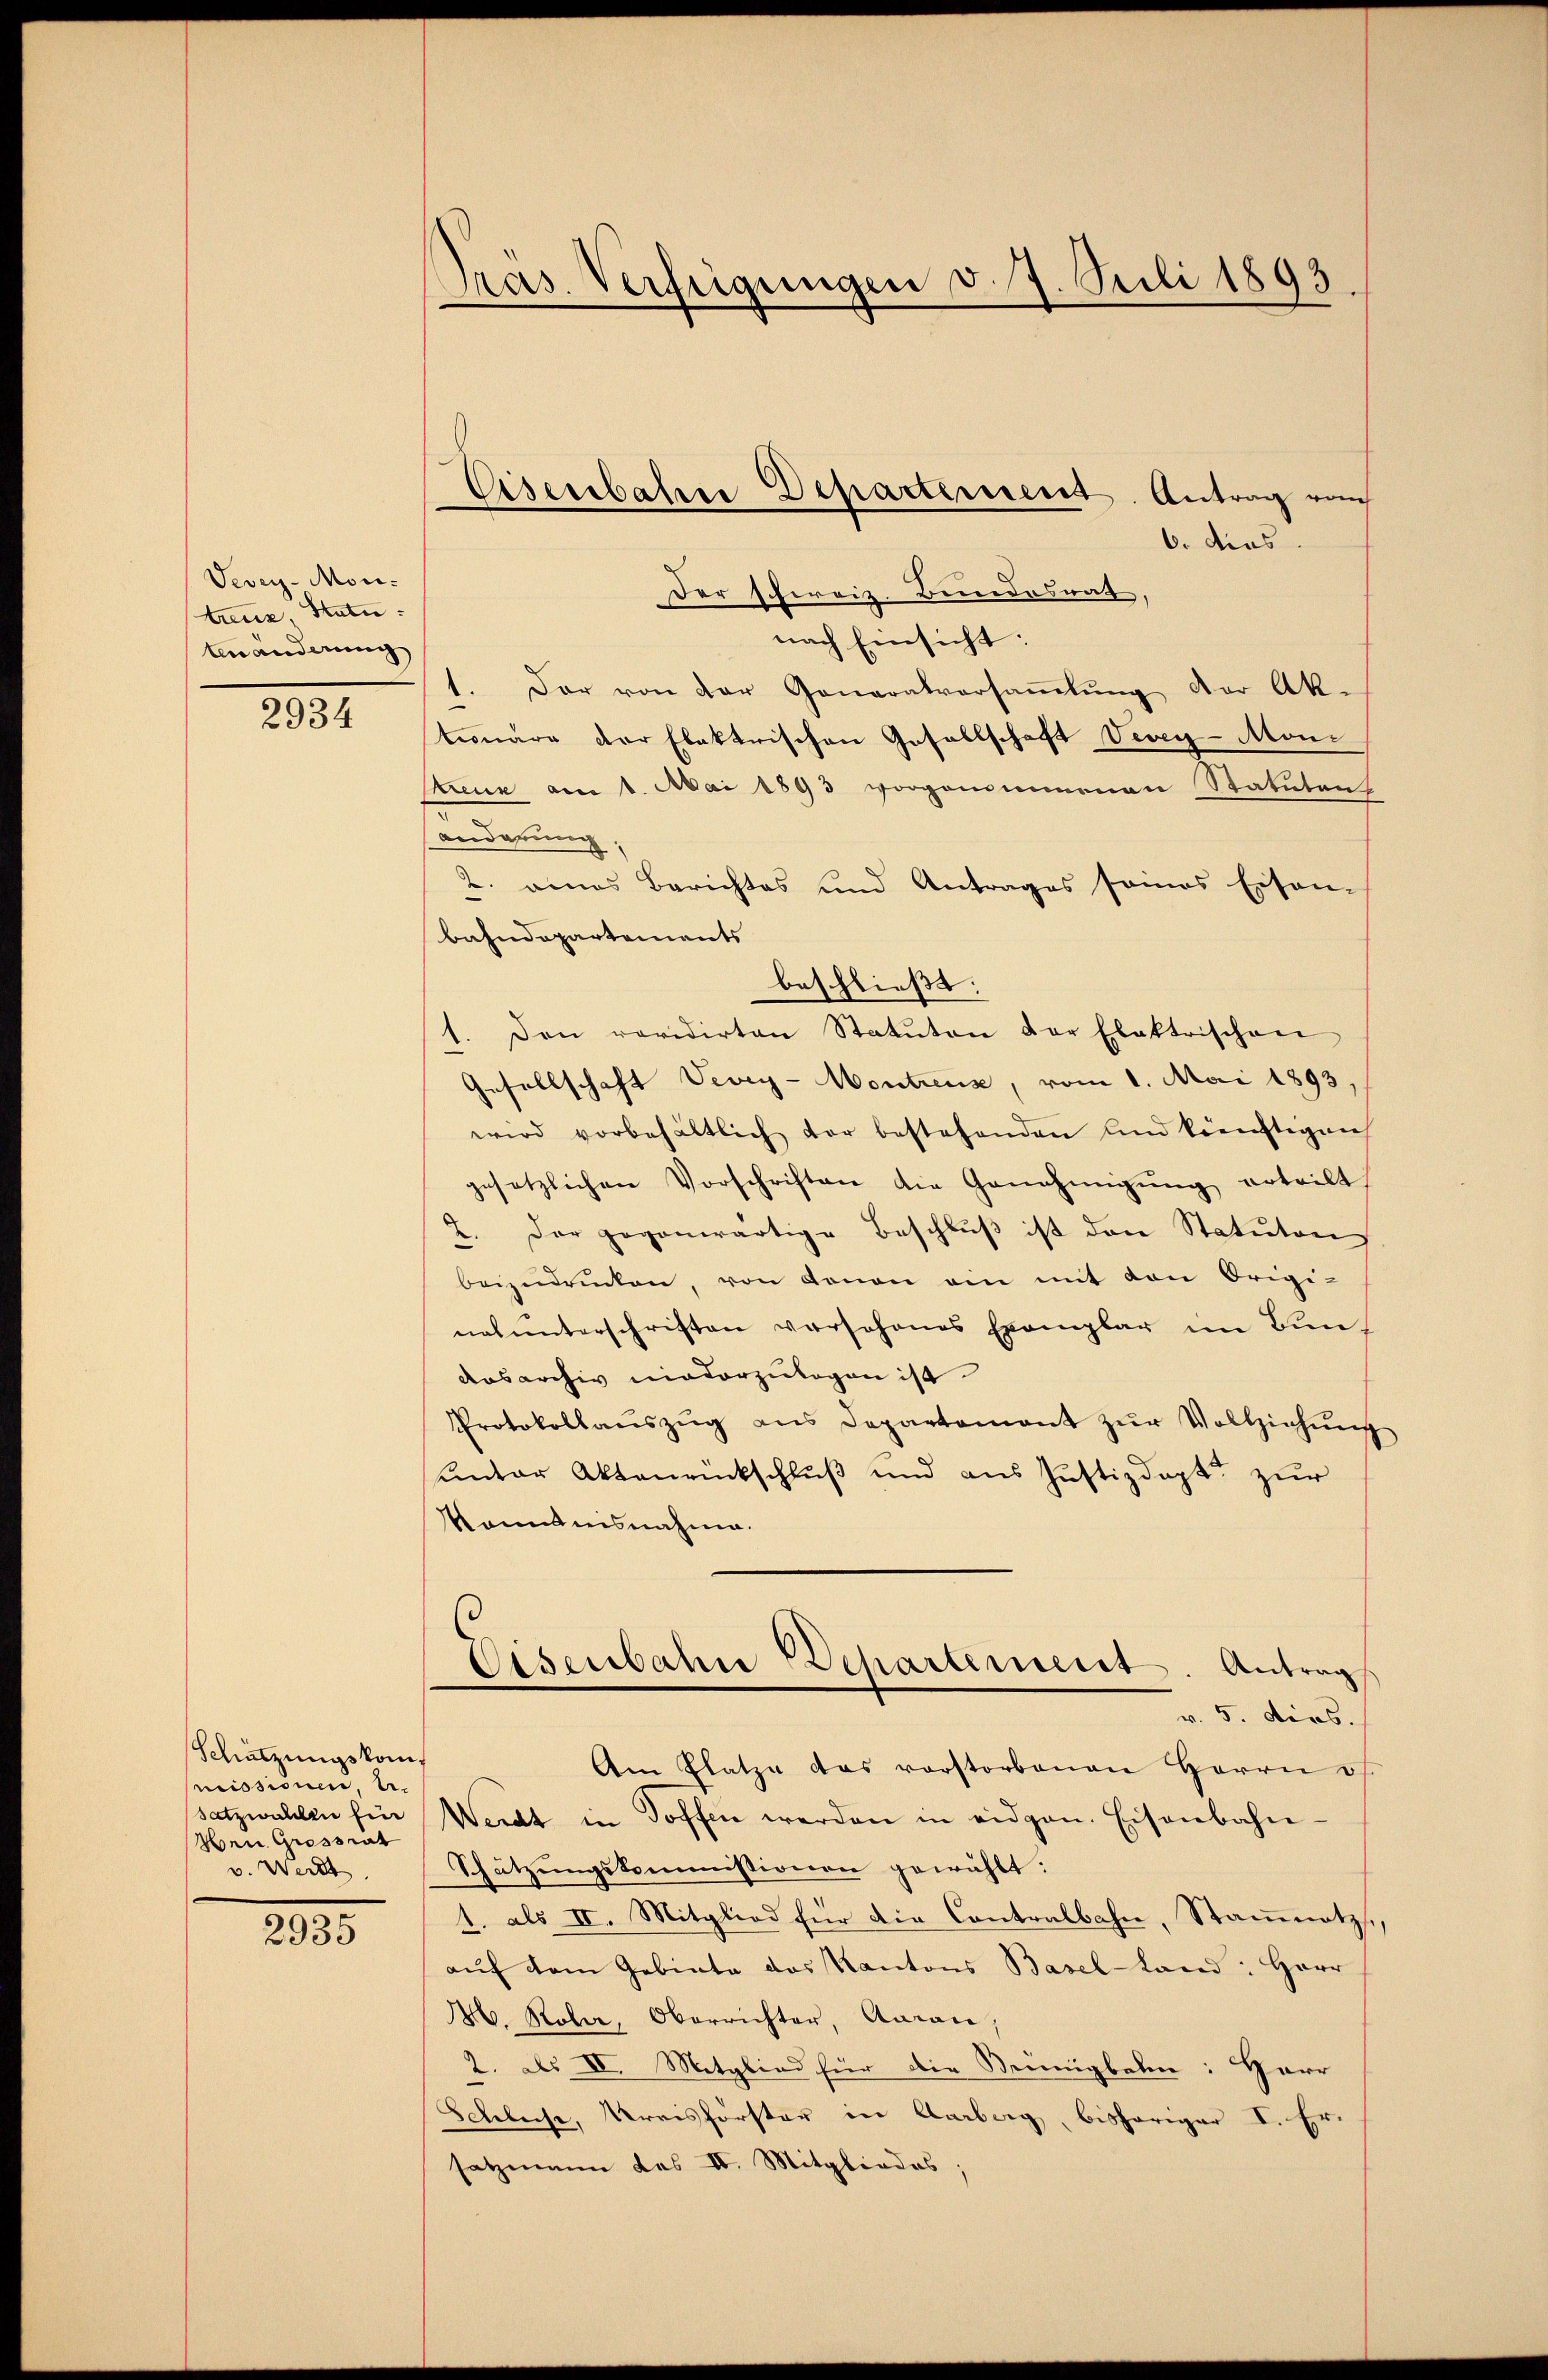
Vevey-Mon-
treue Statu
tenänderung

2934

Schätzungskom
missionen, u.
satzwalden Ein
Wen Grossrat
v. Wert

2935

Pras. Verfügungen v. 7. Juli 1893

Eisenbahrer Departement. Antrag von

6. dies
Der schweiz. Bundesrat,
nach Einsicht:
1. Der von der Generalversaṁlŭng der Ak
teonare der Elektrischen Gesellschaft Vevey-Moni
Kreuz am 1. Mai 1893 vorgenommenen Statuten
anderung,
2. eines Berichtes und Antrages seines Eisen-
Bahndepartements
beschließt:
1. Den revidirten Statŭton der Elektrischen,
Gesellschaft Vevey-Montrens, vom 1. Mai 1893.
wird vorbehältlich der bestehenden und künftigen
gesetzlichen Vorschriften die Genehmigŭng erteilt
2. Der gegenwärtige Beschlŭβ ist den Statuton
beizŭdrücken, von donan ein mit den Origi-
nalunterschriften verschones Exemplar im Bundosarchiv niederzulegen ist.
Protokollaŭszŭg ans Departement zŭr Vollziehŭng
unter Aktenrückschluß und aus Justizdept zur
Komanisnahme.
Eisenbahn Departement. Antrag
v. 5. dies.
Am Platze das vorstorbenen Herrn v
Werdt in Toffen werden in eidgen. Eisenbahn-
Schätzungskommissionen gewählt:
1. als II. Mitglied für die Contralbahn, Stammetz,
aŭf dem Gebiete das Kantons Basel-Land: Herr
16. Rola, Oberrichter, Garan,
2. als IV. Mitglied für die Seinigbahn: Herr
Schluse, Kreisförster in Aarberg, bisheriger I. Er-
satzmann das II. Mitgliedes;